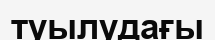
туылудағы